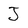
Character: J